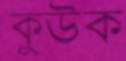
কুউক